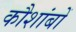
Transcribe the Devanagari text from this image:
कौशांबों